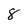
Character: 8